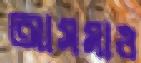
আসমাও